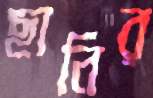
ছানির